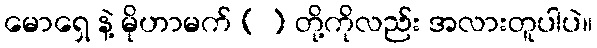
မောရှေ နဲ့ မိုဟာမက် ( ) တို့ကိုလည်း အလားတူပါပဲ။